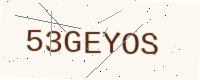
Text: 53GEYOS